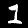
Digit: 1